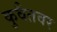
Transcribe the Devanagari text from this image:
कुवैतवर